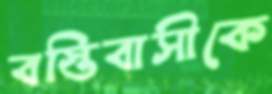
বস্তিবাসীকে